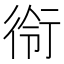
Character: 衑